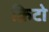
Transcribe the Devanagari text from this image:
क्रिटो